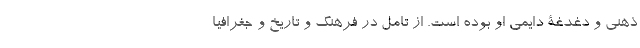
ذهنی و دغدغۀ دایمی او بوده است. از تامل در فرهنگ و تاریخ و جغرافیا